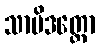
သာမိဒတ္တော